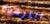
الترقوة